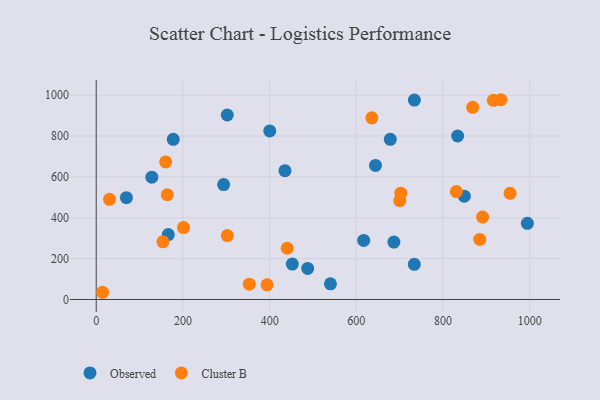
{"axis": {"x": "Investment", "y": "Salary"}, "legend": ["Cluster B", "Observed"], "data": [{"x": "302.3", "y": 902.9, "type": "Observed"}, {"x": "293.9", "y": 562.5, "type": "Observed"}, {"x": "435.4", "y": 630.4, "type": "Observed"}, {"x": "177.7", "y": 784.1, "type": "Observed"}, {"x": "994.5", "y": 372.8, "type": "Observed"}, {"x": "849.1", "y": 505.6, "type": "Observed"}, {"x": "166.2", "y": 317.8, "type": "Observed"}, {"x": "686.6", "y": 281.0, "type": "Observed"}, {"x": "678.3", "y": 783.7, "type": "Observed"}, {"x": "833.6", "y": 800.2, "type": "Observed"}, {"x": "644.2", "y": 656.1, "type": "Observed"}, {"x": "487.8", "y": 151.9, "type": "Observed"}, {"x": "69.7", "y": 498.3, "type": "Observed"}, {"x": "733.7", "y": 172.1, "type": "Observed"}, {"x": "733.9", "y": 975.8, "type": "Observed"}, {"x": "617.0", "y": 289.3, "type": "Observed"}, {"x": "540.3", "y": 76.9, "type": "Observed"}, {"x": "128.3", "y": 598.7, "type": "Observed"}, {"x": "452.3", "y": 173.2, "type": "Observed"}, {"x": "400.2", "y": 825.0, "type": "Observed"}, {"x": "163.9", "y": 512.6, "type": "Cluster B"}, {"x": "891.1", "y": 403.5, "type": "Cluster B"}, {"x": "14.8", "y": 35.4, "type": "Cluster B"}, {"x": "830.7", "y": 528.2, "type": "Cluster B"}, {"x": "916.1", "y": 975.0, "type": "Cluster B"}, {"x": "954.6", "y": 519.8, "type": "Cluster B"}, {"x": "884.7", "y": 294.0, "type": "Cluster B"}, {"x": "353.2", "y": 75.2, "type": "Cluster B"}, {"x": "201.4", "y": 352.2, "type": "Cluster B"}, {"x": "394.1", "y": 71.8, "type": "Cluster B"}, {"x": "635.7", "y": 888.9, "type": "Cluster B"}, {"x": "868.3", "y": 940.3, "type": "Cluster B"}, {"x": "440.6", "y": 250.8, "type": "Cluster B"}, {"x": "153.9", "y": 282.3, "type": "Cluster B"}, {"x": "700.2", "y": 483.8, "type": "Cluster B"}, {"x": "702.5", "y": 520.2, "type": "Cluster B"}, {"x": "30.7", "y": 490.5, "type": "Cluster B"}, {"x": "302.4", "y": 313.0, "type": "Cluster B"}, {"x": "160.2", "y": 673.1, "type": "Cluster B"}, {"x": "933.5", "y": 977.7, "type": "Cluster B"}]}